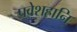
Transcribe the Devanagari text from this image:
प्रवेशहानि